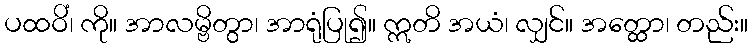
ပထဝိံ၊ ကို။ အာလမ္ဗိတွာ၊ အာရုံပြု၍။ ဣတိ အယံ၊ လျှင်။ အတ္ထော၊ တည်း။